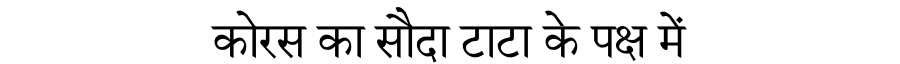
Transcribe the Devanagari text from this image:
कोरस का सौदा टाटा के पक्ष में